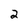
Character: 2